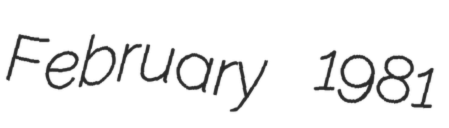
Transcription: February 1981